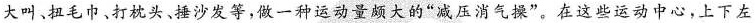
大叫、扭毛巾、打枕头、捶沙发等，做一种运动量颇大的“减压消气操”。在这些运动中心，上下左